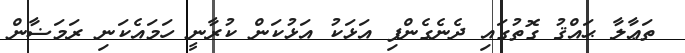
ތަޢާލާ ޙައްޤު ގޮތުގައި ދެނެގެންފި އަޅަކު އަޅުކަން ކުރާނީ ހަމައެކަނި ރަމަޟާން